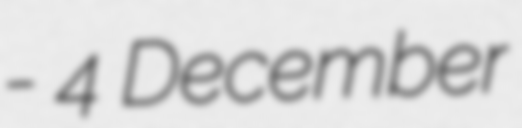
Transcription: - 4 December